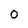
Character: 0